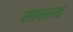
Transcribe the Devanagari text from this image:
सात्तत्य